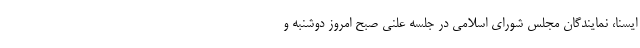
ایسنا، نمایندگان مجلس شورای اسلامی در جلسه علنی صبح امروز دوشنبه و